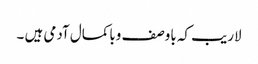
لاریب کہ باوصف وباکمال آدمی ہیں ۔